Elephants and their diseases
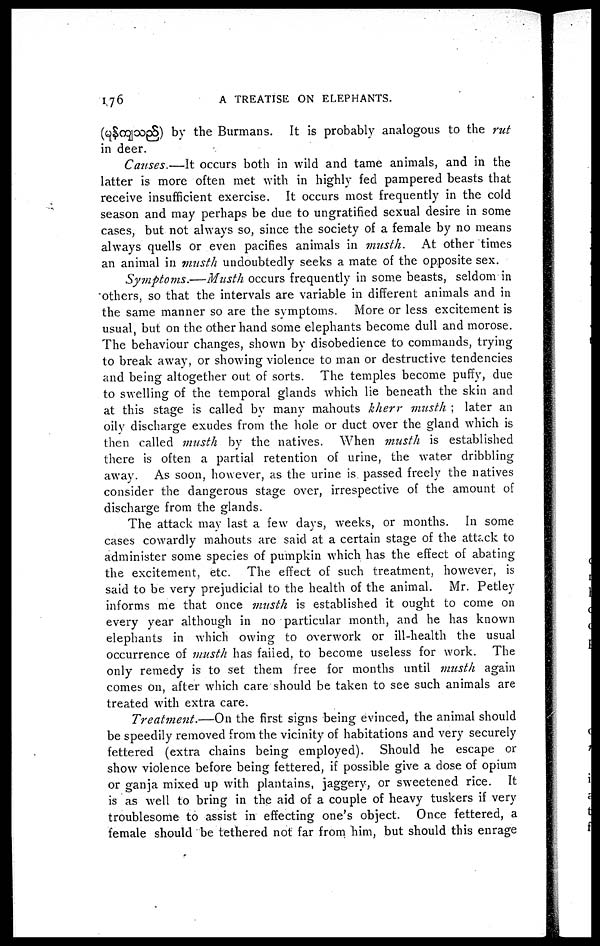
176
A TREATISE ON ELEPHANTS.
(
) by the Burmans. It is probably analogous to the rut
in deer.
Causes.—It occurs both in wild and tame animals, and in the
latter is more often met with in highly fed pampered beasts that
receive insufficient exercise. It occurs most frequently in the cold
season and may perhaps be due to ungratified sexual desire in some
cases, but not always so, since the society of a female by no means
always quells or even pacifies animals in musth.
At other times
an animal in nmsth undoubtedly seeks a mate of the opposite sex.
Symptoms.—Musth
occurs frequently in some beasts, seldom in
others, so that the intervals are variable in different animals and in
the same manner so are the svmptoms. More or less excitement is
usual, but on the other hand some elephants become dull and morose.
The behaviour changes, shown by disobedience to commands, trying
to break away, or showing violence to man or destructive tendencies
and being altogether out of sorts. The temples become puffy, due
to swelling of the temporal glands which lie beneath the skin and
at this stage is called by many mahouts kherr musth ; later an
oily discharge exudes from the hole or duct over the gland which is
then called musth by the natives. When musth is established
there is often a partial retention of urine, the water dribbling
away. As soon, however, as the urine is passed freely the natives
consider the dangerous stage over, irrespective of the amount of
discharge from the glands.
The attack may last a few days, weeks, or months. In some
cases cowardly mahouts are said at a certain stage of the attack to
administer some species of pumpkin which has the effect of abating
the excitement, etc. The effect of such treatment, however, is
said to be very prejudicial to the health of the animal. Mr. Petley
informs me that once musth is established it ought to come on
every year although in no particular month, and he has known
elephants in which owing to overwork or ill-health the usual
occurrence of musth has failed, to become useless for work. The
only remedy is to set them free for months until musth again
comes on, after which care should be taken to see such animals are
treated with extra care.
Treatment.—On the first signs being evinced, the animal should
be speedily removed from the vicinity of habitations and very securely
fettered (extra chains being employed). Should he escape or
show violence before being fettered, if possible give a dose of opium
or ganja mixed up with plantains, jaggery, or sweetened rice. It
is as well to bring in the aid of a couple of heavy tuskers if very
troublesome to assist in effecting one's object. Once fettered, a
female should be tethered not far from him, but should this enrage